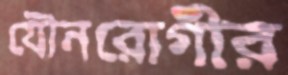
যৌনরোগীর